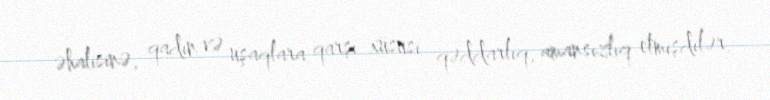
əhalisinə, qadın və uşaqlara qarşı xüsusi qəddarlıq, amansızlıq etmişdilər.